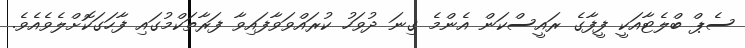
ސެޕް ބްލެޓާއަކީ ފީފާގެ ރައީސްކަން އެންމެ ގިނަ ދުވަހު ކުރައްވަވާފައިވާ ފަރާތަކްމުގައި ފާހަގަކޮށްލެވެއެވެ.